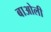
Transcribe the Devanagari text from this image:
बाओली